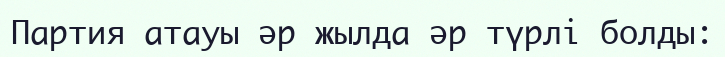
Партия атауы әр жылда әр түрлі болды: